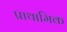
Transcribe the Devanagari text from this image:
प्राथामिक